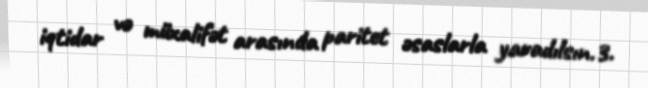
iqtidar və müxalifət arasında paritet əsaslarla yaradılsın.3.